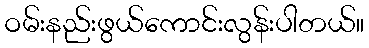
ဝမ်းနည်းဖွယ်ကောင်းလွန်းပါတယ်။